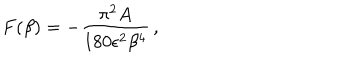
LaTeX: { } F ( \beta ) = - { \frac { \pi ^ { 2 } A } { 1 8 0 \epsilon ^ { 2 } \beta ^ { 4 } } } \, ,